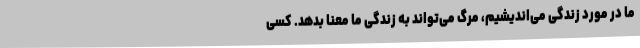
ما در مورد زندگی می‌اندیشیم، مرگ می‌تواند به زندگی ما معنا بدهد. کسی